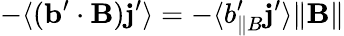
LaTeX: -\langle{({\mathbf{b}}^{\prime}\cdot{\mathbf{B}}){\mathbf{j}}^{\prime}}\rangle=-\langle{b_{\parallel B}^{\prime}{\mathbf{j}}^{\prime}}\rangle\| {\mathbf{B}}\|